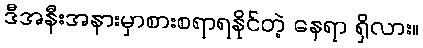
ဒီအနီးအနားမှာစားစရာရနိုင်တဲ့ နေရာ ရှိလား။